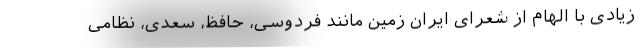
زیادی با الهام از شعرای ایران زمین مانند فردوسی، حافظ، سعدی، نظامی